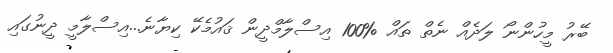
ބޭރު މީހުންނޯ ލަދެއް ނެތް ތައް %100 އިސްލާމްދީން ޤައުމެކޭ ކިޔާނެ...އިސްލާމީ ދީނުގައި